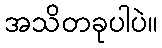
အသိတခုပါပဲ။